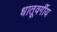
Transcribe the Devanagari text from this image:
धातूवर्गीय